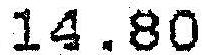
14.80